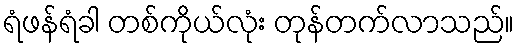
ရံဖန်ရံခါ တစ်ကိုယ်လုံး တုန်တက်လာသည်။